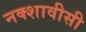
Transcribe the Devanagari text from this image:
नक्शावीसी